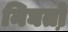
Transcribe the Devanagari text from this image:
निघतो़